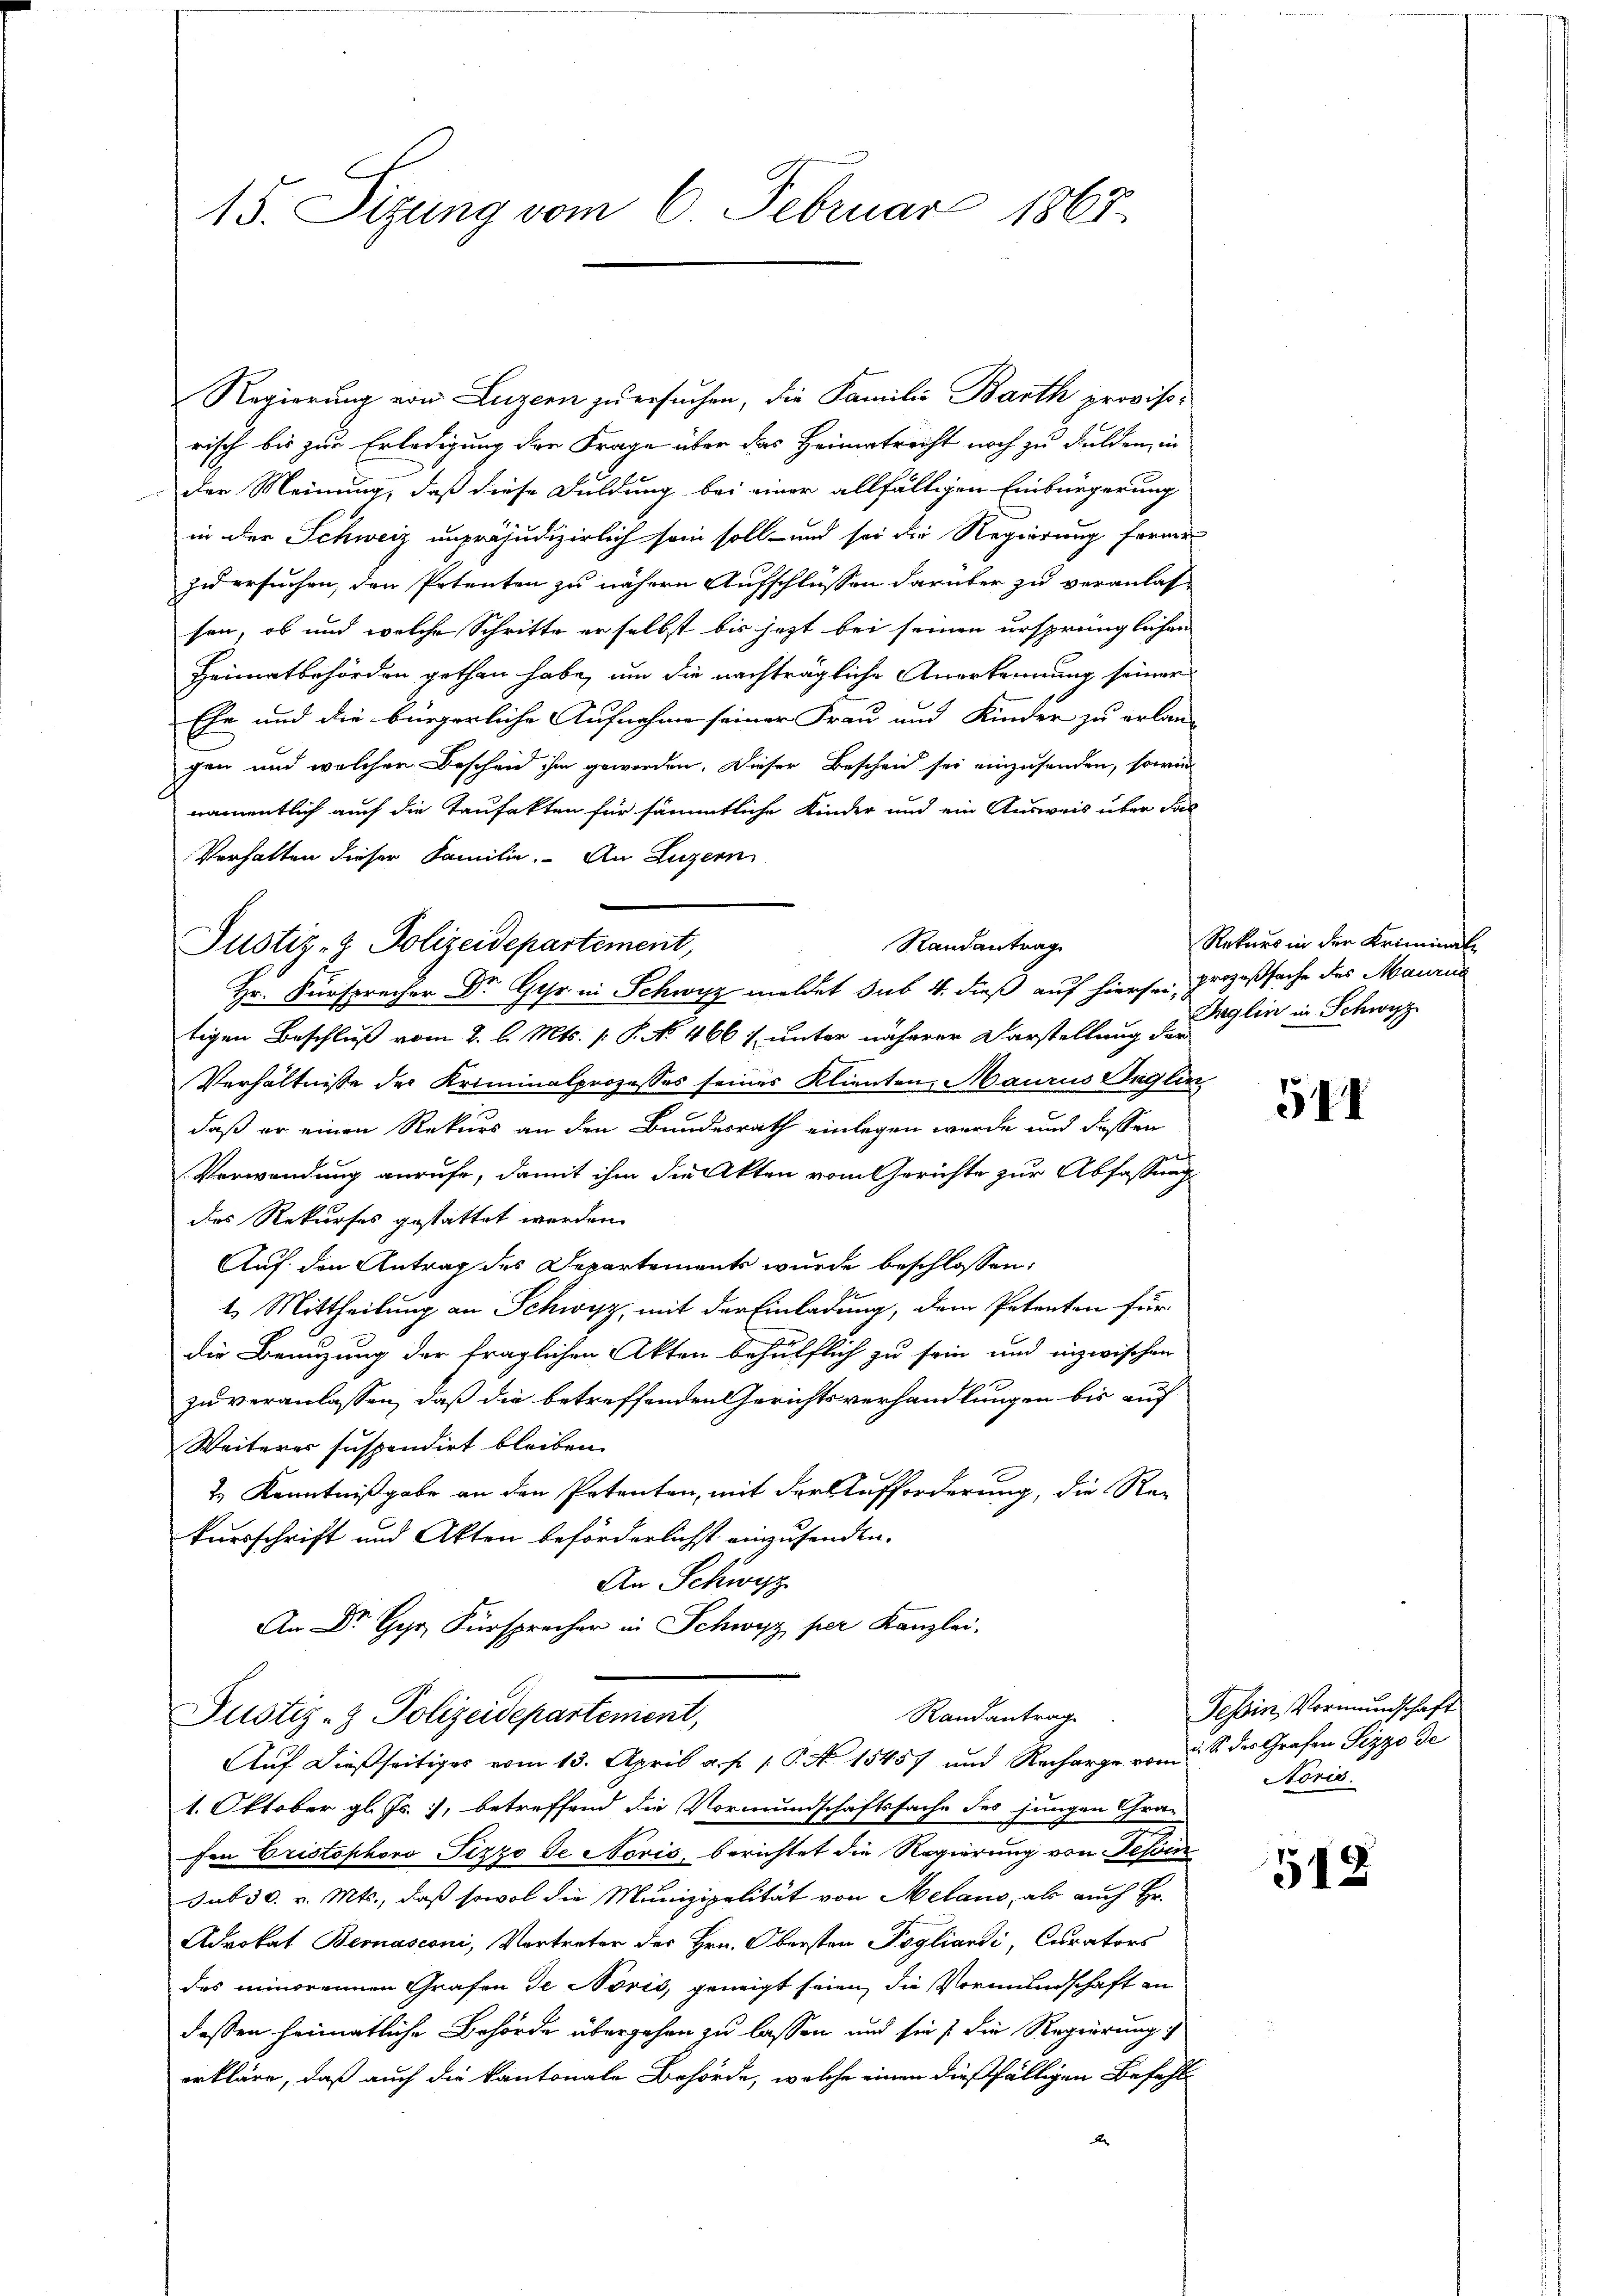
15. Sizung vom 6. Februar 1863.

Regierung von Luzern zu ersuchen, die Familie Barth provisorisch bis zur Erledigung der Frage über das Heimatrecht noch zu dulden, in
der Meinung, daß diese Duldung bei einer allfälligen Einbürgerung
in der Schweiz unpräjudizierlich sein soll- und sei die Regierung fernen
zu ersuchen, den Petenten zu nähern Aufschlüssen darüber zu veranlas-
sen, ob und welche Schritte er selbst bis jetzt bei seinen ursprünglichen
Heimatbehörden gethan habe, um die nachträgliche Anerkennung seiner
Ehe und die bürgerliche Aufnahme seiner Frau und Kinder zu erlan-
gen und welcher Bescheid ihm geworden. Dieser Bescheid sei einzusenden, sowie
namentlich auch die Taufakten für sämmtliche Kinder und ein Ausweis über das
Verhalten dieser Familie. An Luzern
tigen Beschluß vom 2. l. Mts. p. P. No 466 f. unter näherer Darstellung der
Verhältnisse des Kriminalprozesses seines Klienten. Maurus Unglin,
daß er einen Rekurs an den Bundesrath einlegen wurde und dessen
Verwendung anrufe, damit ihm die Akten vom Gerichte zur Abfassung
des Rekurses gestattet werden.
Auf den Antrag des Departements wurde beschlossen:
2. Mittheilung an Schwyz, mit der Einladung, dem Petenten für
die Benuzung der fraglichen Akten behülflich zu sein und inzwischen
zu veranlassen, daß die betreffenden Gerichtsverhandlungen bis auf
Weiteres suspendirt bleiben.
2.) Kenntnißgabe an den Petenten, mit der Aufforderung, die Re-
kursschrift und Akten beförderlichst einzusenden.
An Schwyz
Dr G. Fürsprecher in Schwyz per Kanzlei.

Justiz- & Polizeidepartement,

Hr. Fürsprecher Dr. Gyr in Schwyz meldet sub 4. dieß auf hiersen prozeßsache des Mauris

Randantrag
Justiz- & Polizeidepartement,
Auf dießseitiges vom 13. April a. p. 1. P. No 15457 und Recharge von S. des Grafen Pizzo de

Randantrag

1. Oktober gl. Js. 1, betreffend die Vormundschaftssache des jungen Grau-
sen Eristophovo Pizzo de Noris, berichtet die Regierung von Tessin
sub 30. v. Mts., daß sowol die Munizipalität von Melano, als auch Hr.
Advokat Bernasconi, Vertreter des Hrn. Obersten Pogliardi, Curators
des minorennen Grafen de Noris, geneigt seien, die Vormundschaft an
dessen heimatliche Behörde übergehen zu lassen und sie s die Regierung
erkläre, daß auch die kantonale Behörde, welche einen dießfälligen Befehlx

Rekurs in der Kriminal-
Taglin in Schwyz

3II

Tessin, Vormundschaft
Norić.

548